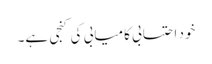
خود احتسابی کامیابی کی کنجی ہے۔